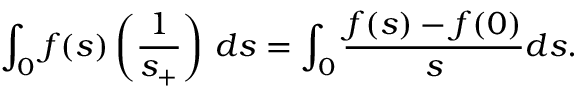
\int _ { 0 } f ( s ) \left( \frac { 1 } { s _ { + } } \right) \, d s = \int _ { 0 } \frac { f ( s ) - f ( 0 ) } { s } d s .